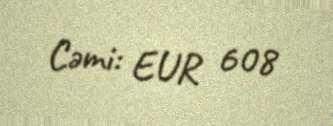
Cəmi: EUR 608